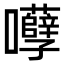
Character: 𡅲